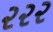
૨૨૨